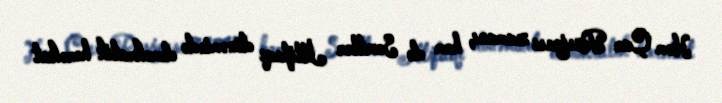
Həm Çar Rusiyası zamanı, həm də Sovetlər İttifaqı dönəmində demokratik hərəkat